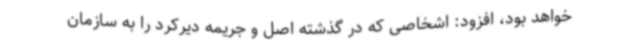
خواهد بود، افزود: اشخاصی که در گذشته اصل و جریمه دیرکرد را به سازمان